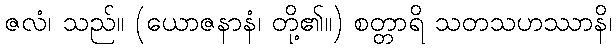
ဇလံ၊ သည်။ (ယောဇနာနံ၊ တို့၏။) စတ္တာရိ သတသဟဿာနိ၊